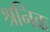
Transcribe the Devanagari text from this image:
श्रनिक